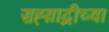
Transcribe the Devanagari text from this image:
सह्य़ाद्रीच्या